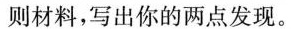
则材料，写出你的两点发现。